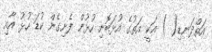
އަތްދަނޑި( ) އަކީ އަތުގެ އުޅަބޮށި ހުޅުން ފެށިގެން ކުޑަ ހުޅު އާއި